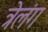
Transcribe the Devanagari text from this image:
त्रेलंग